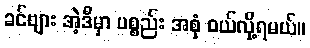
ခင်ဗျား အဲ့ဒီမှာ ပစ္စည်း အစုံ ဝယ်လို့ရမယ်။